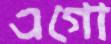
এগো